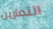
التمارين